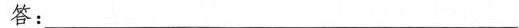
答：___